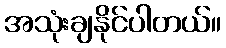
အသုံးချနိုင်ပါတယ်။